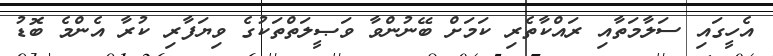
އެހީގައި ސަލާމަތާއި ރައްކާތެރި ކަމަށް ބޭނުންވާ ވަޞީލަތްތަކުގެ ވިޔަފާރި ކުރާ އެންމެ ބޮޑު